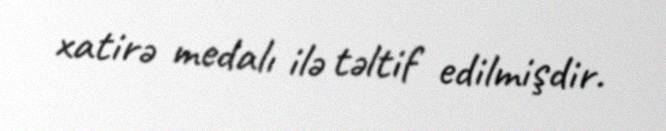
xatirə medalı ilə təltif edilmişdir.